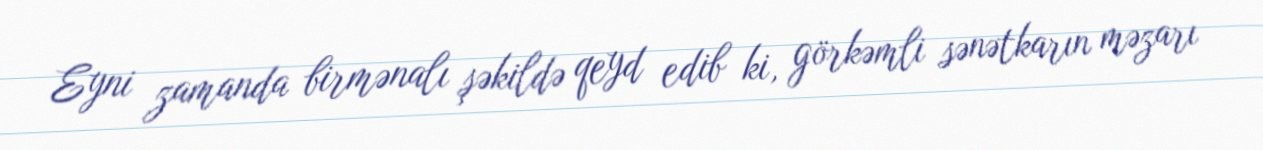
Eyni zamanda birmənalı şəkildə qeyd edib ki, görkəmli sənətkarın məzarı